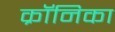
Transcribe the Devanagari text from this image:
क्रॉनिका